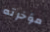
مؤخرته